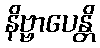
နိဗ္ဗာပေန္တိ